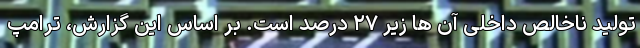
تولید ناخالص داخلی آن ها زیر ۲۷ درصد است. بر اساس این گزارش، ترامپ